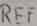
Text: REF